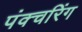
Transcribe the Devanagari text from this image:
पंक्चरिंग